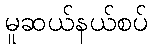
မူဆယ်နယ်စပ်